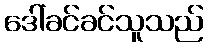
ဒေါ်ခင်ခင်သူသည်